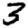
Digit: 3